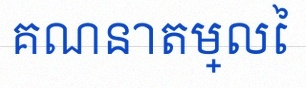
គណនាតម្លៃ